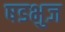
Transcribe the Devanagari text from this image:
षडभुज